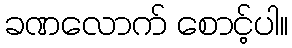
ခဏလောက် စောင့်ပါ။